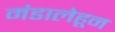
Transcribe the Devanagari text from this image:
मंडालेहून